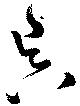
昃